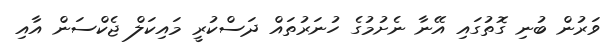
ވަރުން ބުނި ގޮތުގައި އޭނާ ނެށުމުގެ ހުނަރުތައް ދަސްކުރީ މައިކަލް ޖެކްސަން އާއި